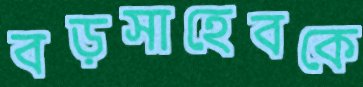
বড়সাহেবকে